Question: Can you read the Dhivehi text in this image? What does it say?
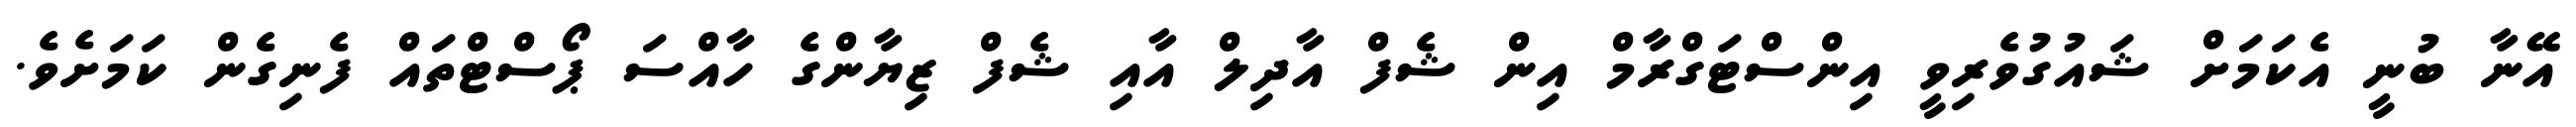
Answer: އޭނާ ބުނީ އެކަމަށް ޝައުގުވެރިވީ އިންސްޓަގްރާމް އިން ޝެފް އާދިލް އާއި ޝެފް ޒިޔާންގެ ހާއްސަ ޕޯސްޓްތައް ފެނިގެން ކަމަށެވެ.